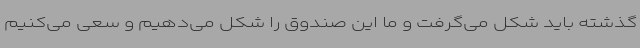
گذشته باید شکل می‌گرفت و ما این صندوق را شکل می‌دهیم و سعی می‌کنیم